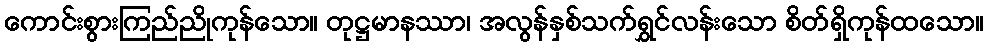
ကောင်းစွားကြည်ညိုကုန်သော။ တုဋ္ဌမာနဿာ၊ အလွန်နှစ်သက်ရွှင်လန်းသော စိတ်ရှိကုန်ထသော။